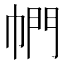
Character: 𪩴